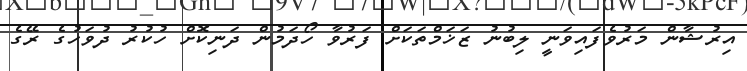
އިރުޝާން މަރުވެފައިވަނީ ލިބުނު ޒަޚަމްތަކަށް ފަރުވާ ހޯދަމުން ދަނިކޮށް ހުކުރު ދުވަހުގެ ރޭގެ